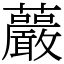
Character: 䕾